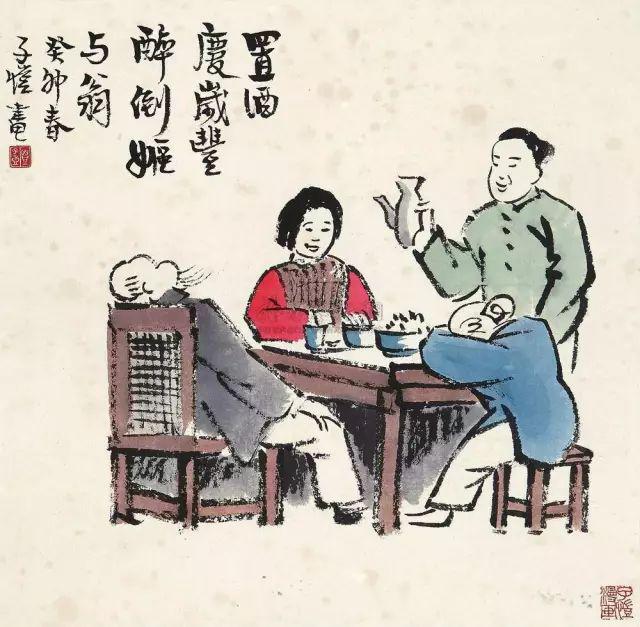
爱人者人恒爱之，敬人者人恒敬之。